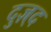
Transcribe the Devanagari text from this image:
दुज़्द